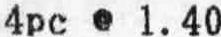
4PC @ 1.40